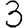
Digit: 3